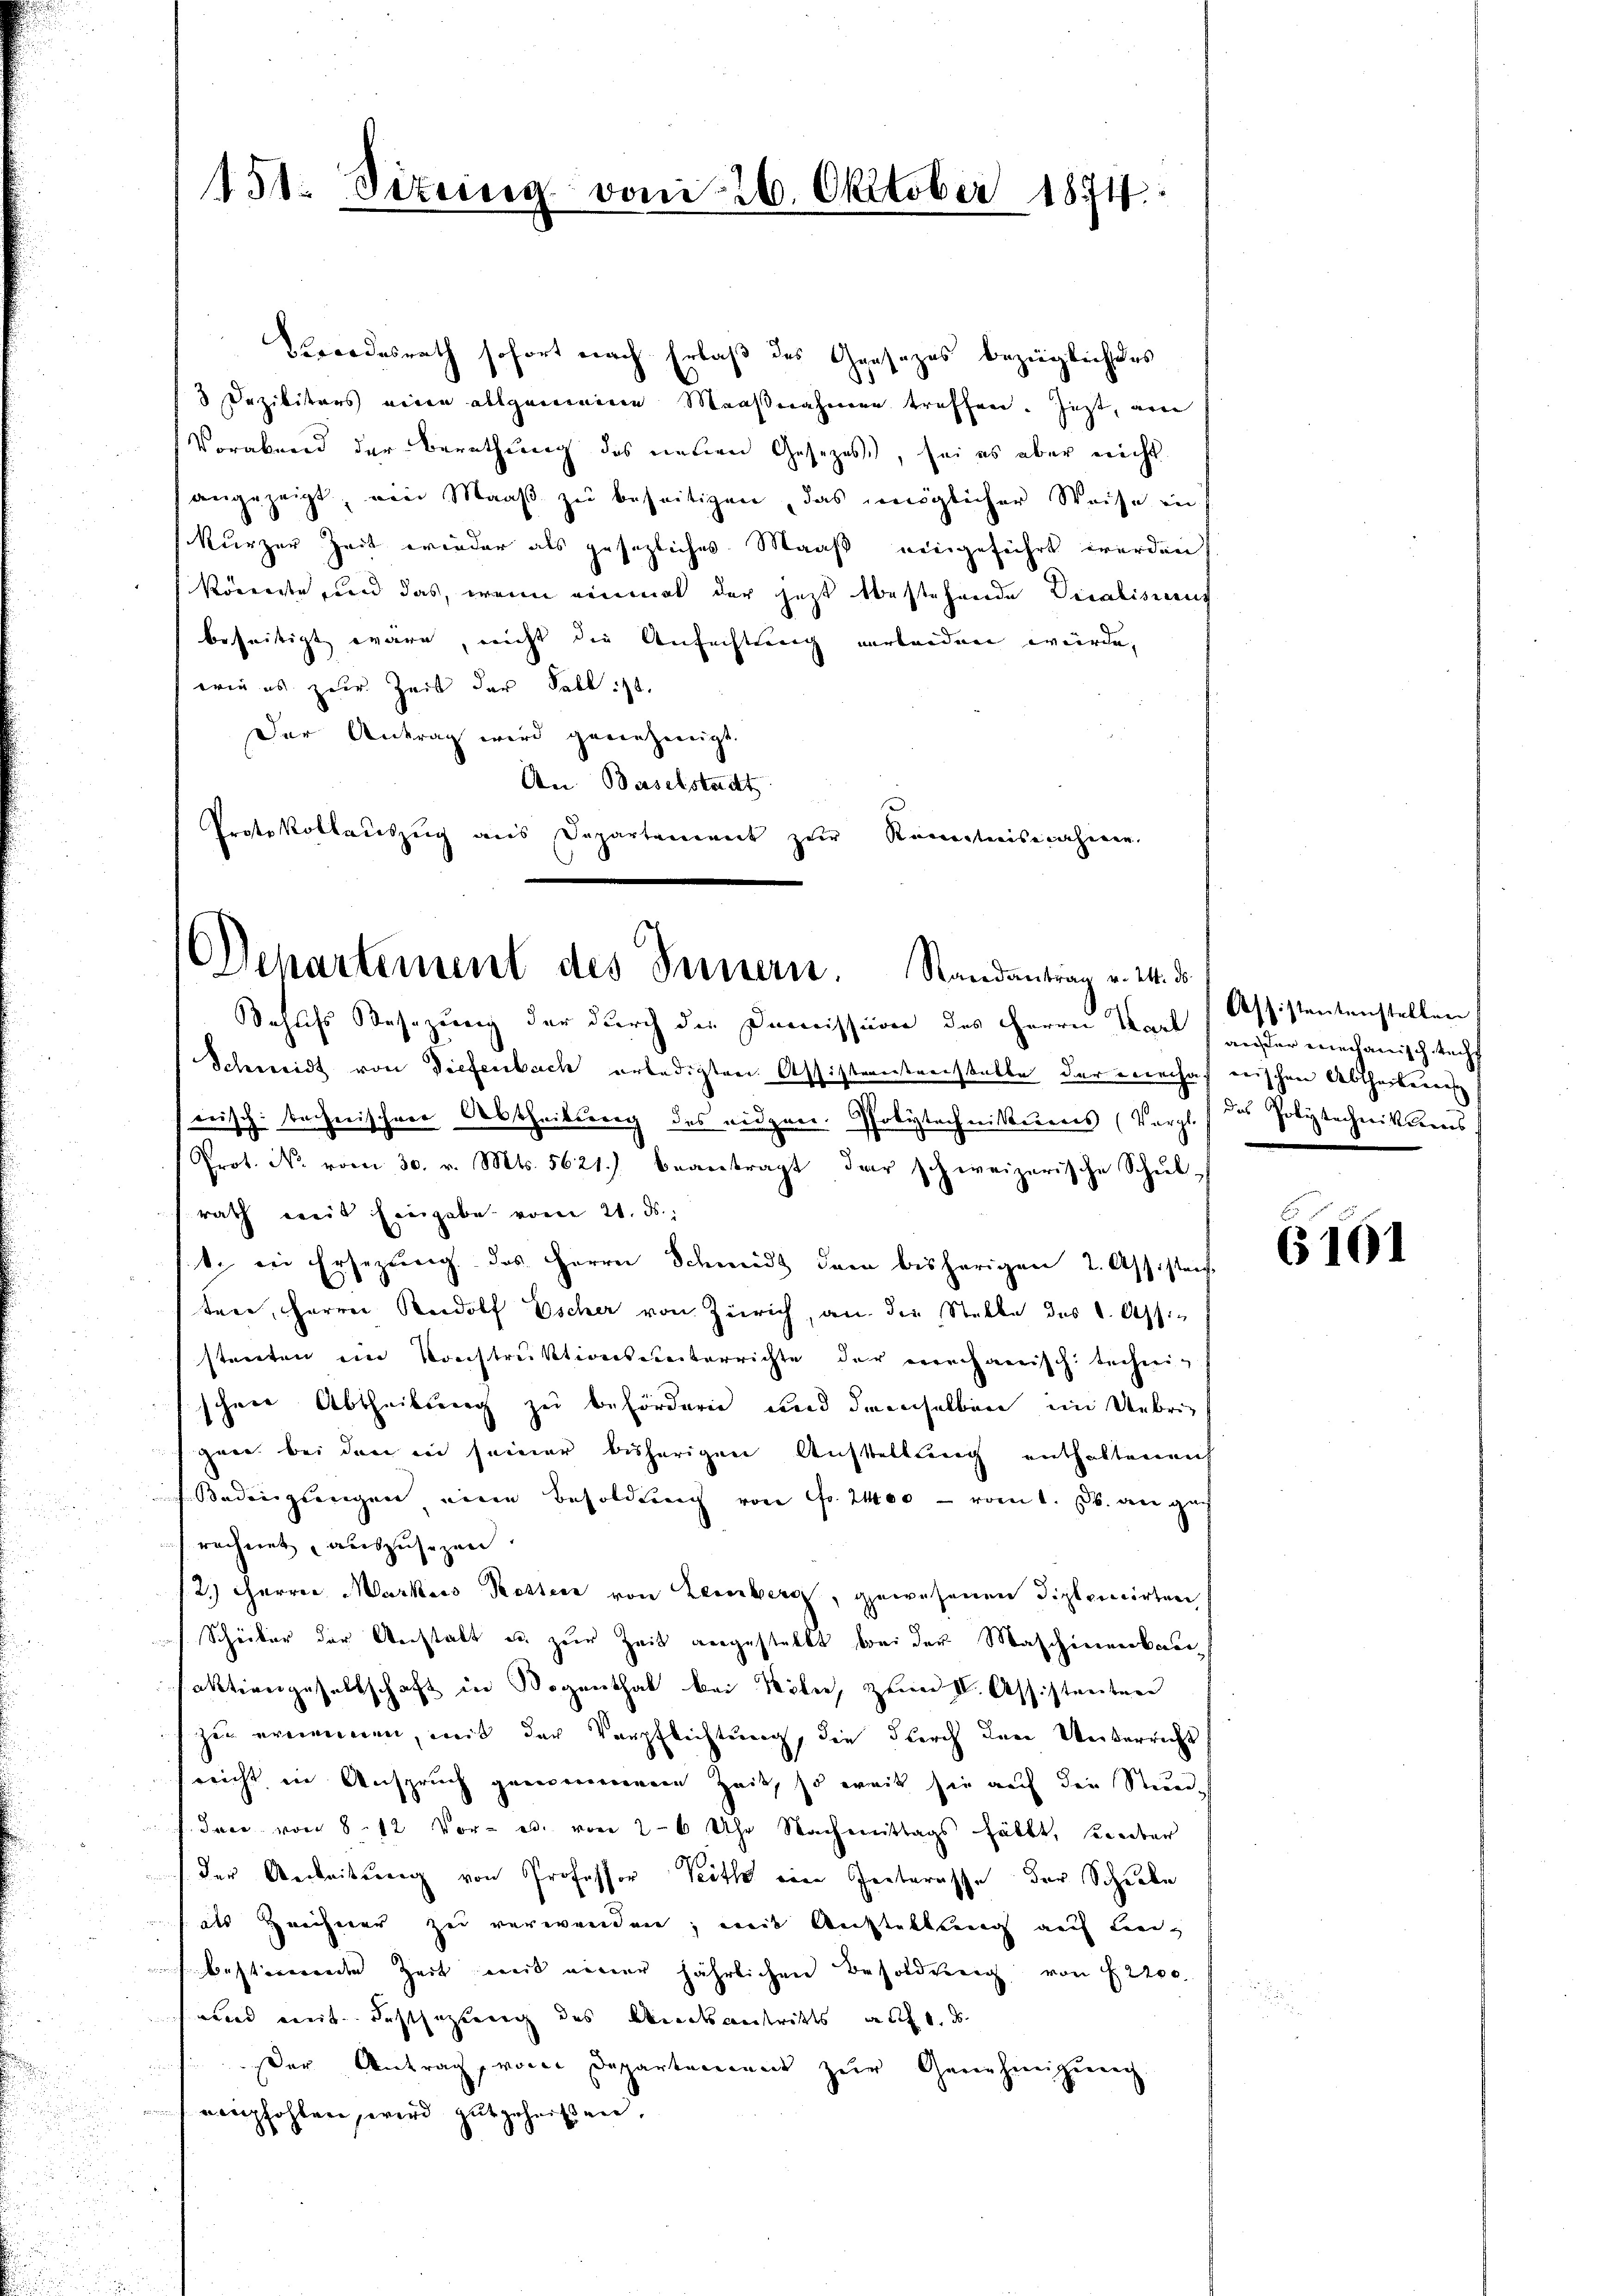
Beondesrath sofort nach Erlaß des Gesezes bezüglich des
8 Dezilitärs eine allgemeine Maaßnahmen treffen. Jezt, au
Vorabend der Berathung des neuen Gesezess, sei es aber nicht
angezeigt, wie Maaß zu beseitigen, das möglicher Weise in
kurzer Zeit wieder als gesezliches Maaß eingeführt werden,
Koweite und das, wenn einmal der jetzt bestehende Vicalismus
beseitigt wäre, nicht die Anfechtung verborden würde,
wie es zur Zeit der Fall ist.
Der Antrag wird genehmigt.
An Baselstadt
Protokollauszug aus Departement zur Kenntnisnahmen.

151: Sizung vom 26. Oktober 1874.

Departement des Ternern. Randantrag v. 24. d.
Jahnss Besezung der durch die Domission des Herrn Vor ander mechanisch Recht

Schweid von Diefenbach erledigten Assisterntranstalte der Lerachah wischen Abtheiterent
rrisch technischen Abtheilung des eidgen. Polytechnitteres (Vergl. der Polytechnikums,
Prot. N. vom 30. v. Mts. 5621.) beantragt der schweizerische Schul-
rath weit Eingabe vom 21. ds.
t. in Ersezung des Herrn Schmidt dem bisherigen 2. Assistan
ten, Herrn Rudolf Escher von Zürich, an die Stelle des L. Assistenten ein Konstruktionsverterrichte der verhaerisch technig
schen Abtheilung zu befördern und demselben im Uebrief
gane bei den in seiner bisherigen Ausstellung enthaltenen
Bedingungen eine Besoldung von Fr. 200 — vom 1. d. den gan
rechnet, auszusehen
12.) Herrer Markers Kostens von Zeinberg, gewesenen Distancirten
Scheiber der Anstalt u. zur Zeit angestellt bei der Maschinenkau
faktiengesellschaft in Wogenthal bei Miter, zum IV. Assistenter
zur errinnen, weit der Verpflichtung, die durch der Unterricht
reicht in Anspruch genommener Zeit, so weit sie auf die Stund-
f. Jace von 8. 12 Vor- es. von 2-6 Uhr Nachmittags fällt, seiter
der Anleitung von Professor Pitte eine Interesse der Schule
als Zeichner zu verwenden, mit Anstaltung auf Leibestimmene Zeit weit einer jährlichen Besoldung von § 2200.
wird mit Festsezung des Mindentritts auch d
ser Antrag von Departement zur Genehmigung
nempfohler, wird gutgeheißen.

Assistentenstellen

6161